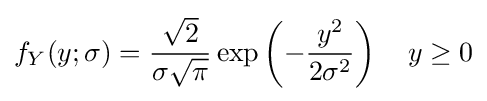
f_{Y}(y;\sigma )={\frac {\sqrt {2}}{\sigma {\sqrt {\pi }}}}\exp \left(-{\frac {y^{2}}{2\sigma ^{2}}}\right)\quad y\geq 0